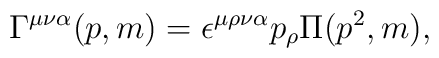
\Gamma^{\mu\nu\alpha}(p,m)=  \epsilon^{\mu\rho\nu\alpha}p_\rho\Pi(p^2,m),